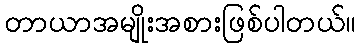
တာယာအမျိုးအစားဖြစ်ပါတယ်။